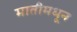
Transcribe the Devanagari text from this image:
मातीमधून